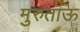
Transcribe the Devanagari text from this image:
मुरुताऊ